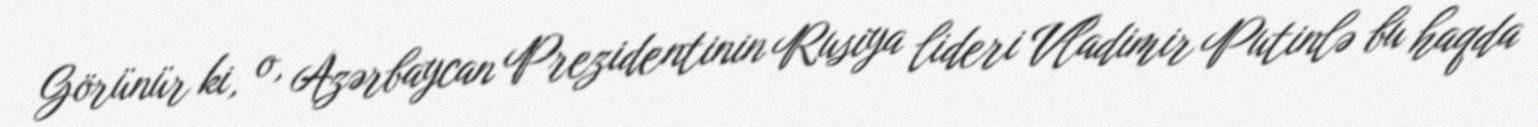
Görünür ki, o, Azərbaycan Prezidentinin Rusiya lideri Vladimir Putinlə bu haqda